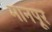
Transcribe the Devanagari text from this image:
मानपूर